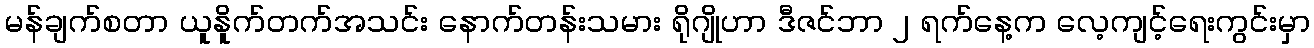
မန်ချက်စတာ ယူနိူက်တက်အသင်း နောက်တန်းသမား ရိုဂျိုဟာ ဒီဇင်ဘာ ၂ ရက်နေ့က လေ့ကျင့်ရေးကွင်းမှာ